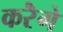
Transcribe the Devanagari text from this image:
करेॆगे